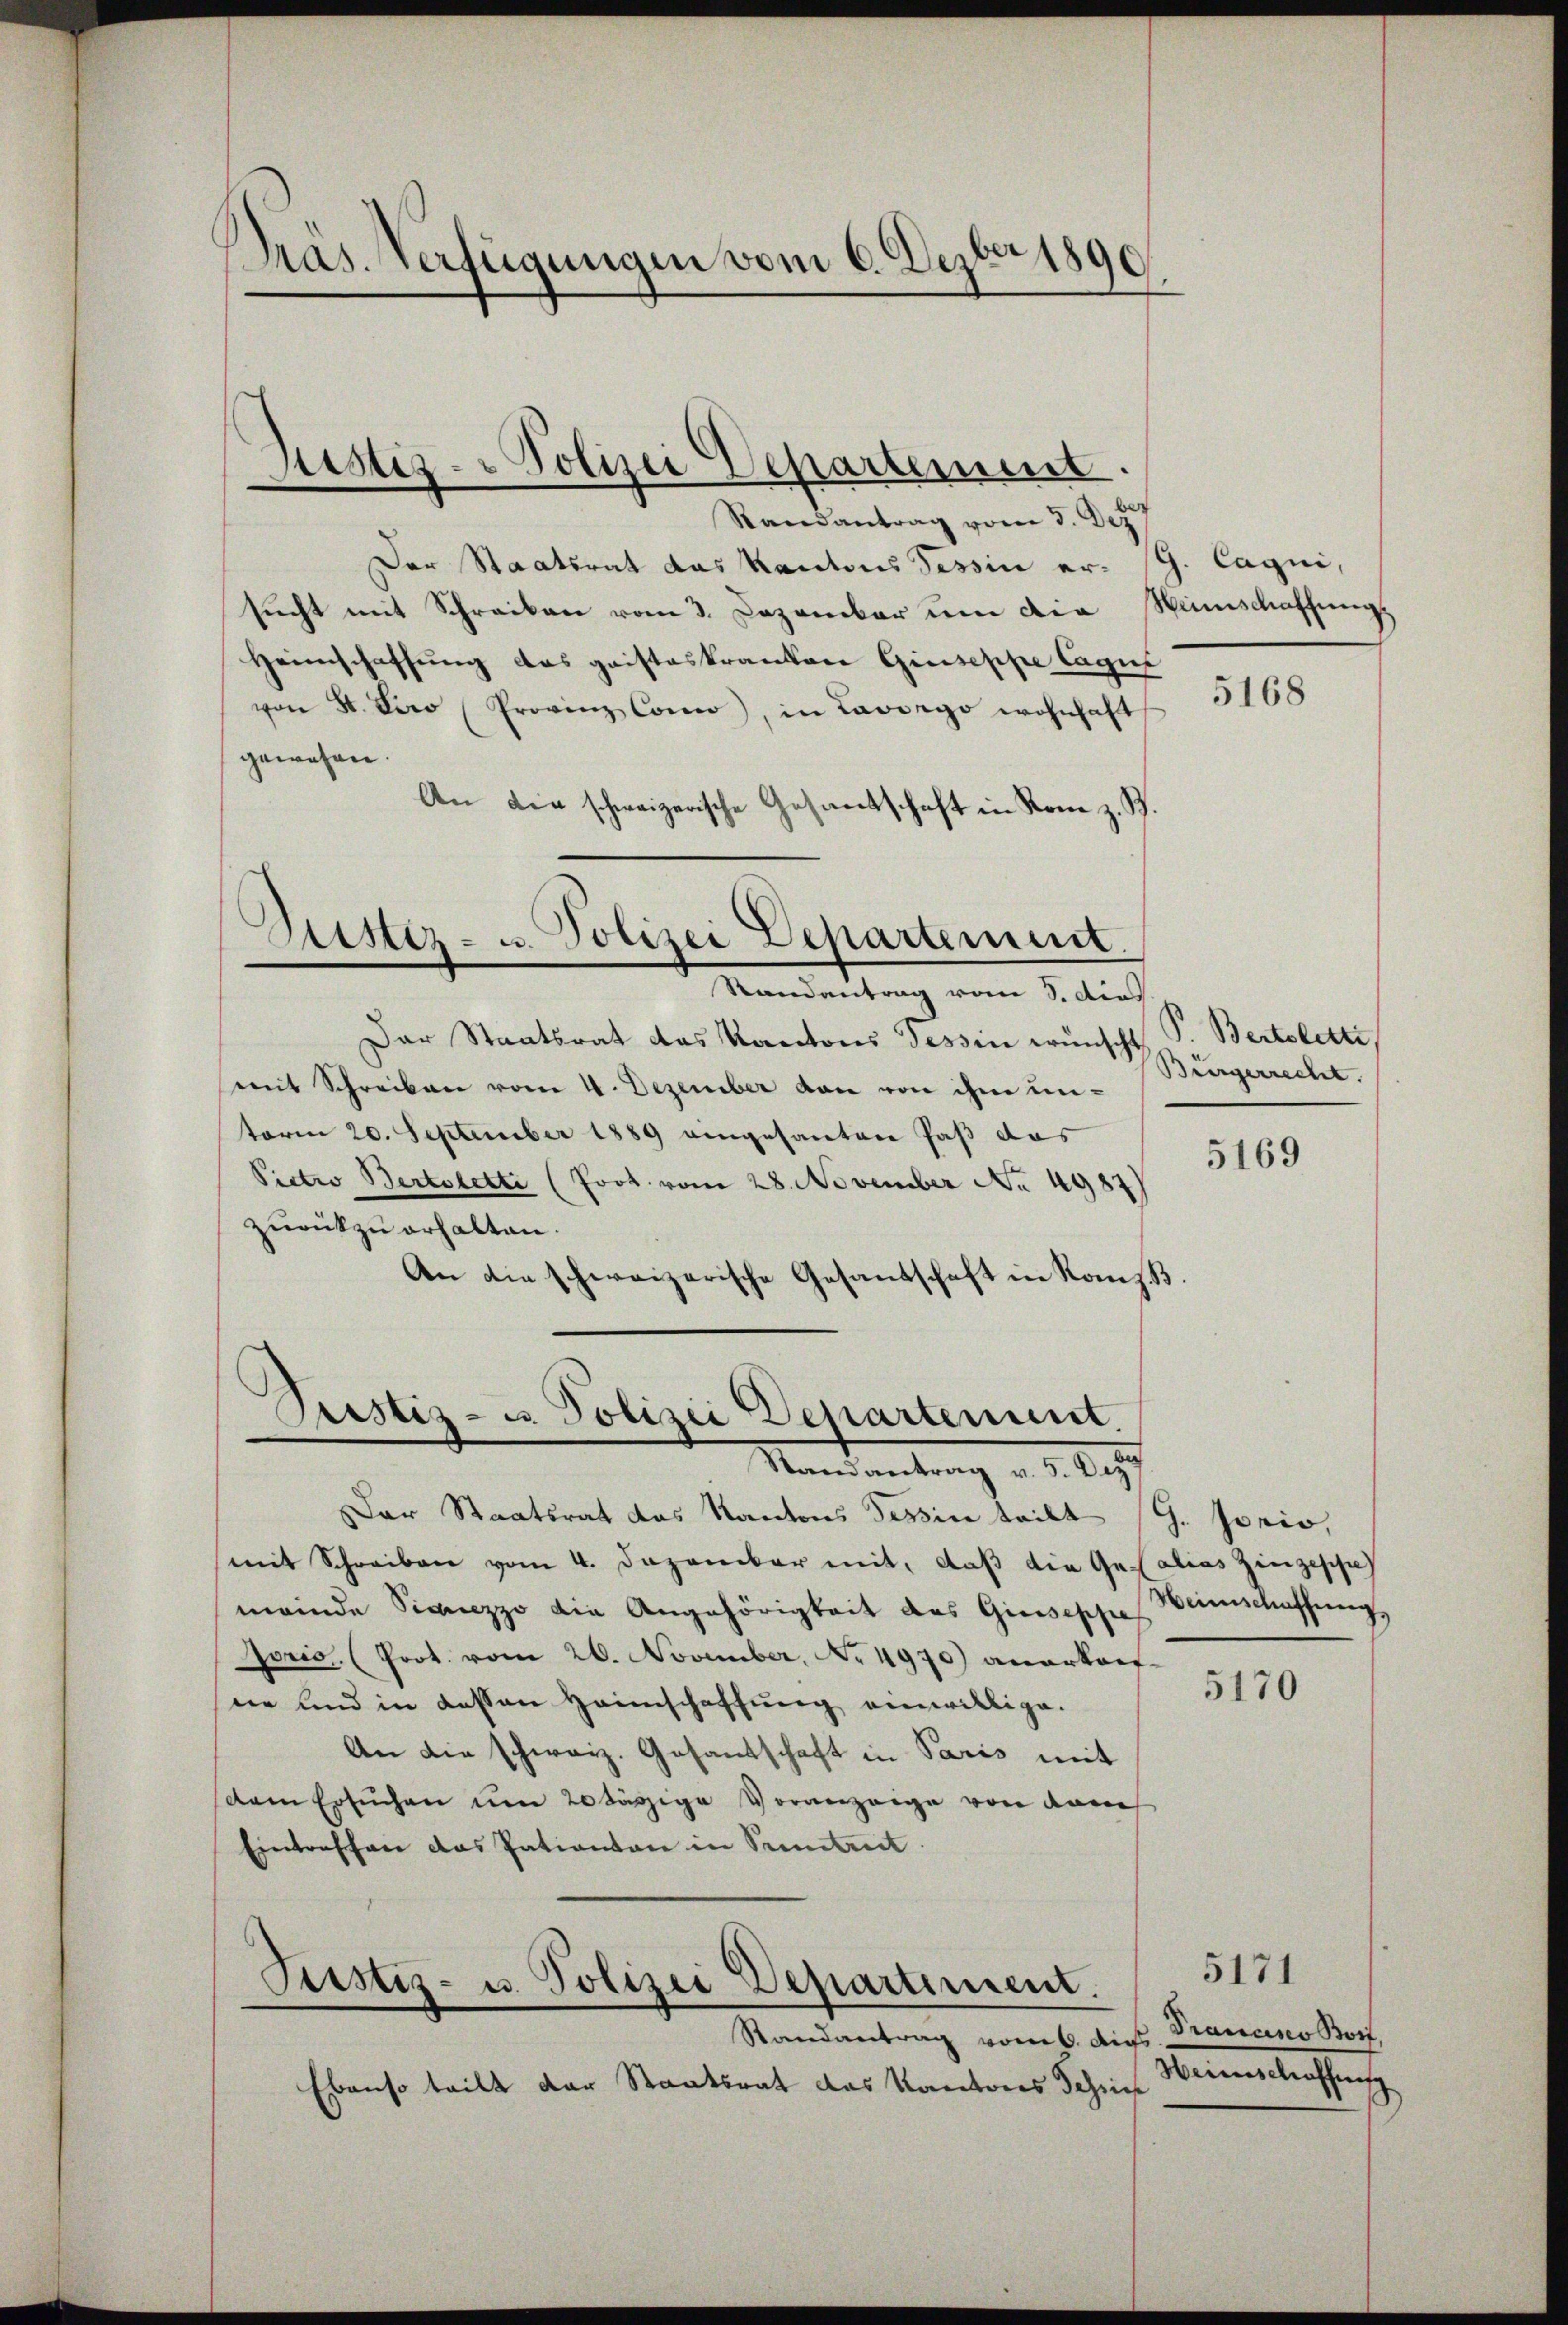
Präs. Verfügungen vom 6. Dezbr 1890

Justiz- & Polizei Departement.

Randantrag vom 3. Dez.
Der Staatsrat das Kantons Tessin er- G. Cagni,
sŭcht mit Schreiben vom 3. Dezember um die Menschaffŭng
Heimschaffung das gaisteskranken Giuseppe Cagus
von St. Pero (Provinz Como, in Lavoego wohnhaft
gewesen.
An die schweizerische Gesandschaft in Rom z. B.
Sistiz- u. Polizei Departement.
Randantrag vom 8. dies
Der Staatsrat das Kantons Tessin wünscht
mit Schreiben vom 4. Dezember von von ihm unterm 20. September 1889 eingesanten Paß das
Pictio Bertoletti (fort vom 28. November No 4987
zurückzuerhalten.
An die schweizerische Gesandschaft in Komp

Pristiz- u. Polizei Departement.
Randantrag v. 5. d. 27

Dar Staatsrat das Kantons Tessin teilt G. Jorio,
mit Schreiben vom 4. Dezember mit, daß die Gesalias Zingesch
meinde Simezzo die Angehörigkeit des Giuseppe
soris, (Prot. vom 26. November, No. 4970) anerkaufne und in dessen Heimschaffung einwillige.
An die schweiz. Gesandschaft in Paris mit
dem Ersuchen um 20 tägige Voranzeige von dem
Eintreffen das Patientan in Seitet.
Justiz- u. Polizei Departiment.
Randantrag vom 6. des Trancisco Boit,
Ebenso teilt der Staatsrat das Kantons Schrif

5168

P. Bertolette,
Bürgerrecht.

5169

Weinschaffung

5170

5171
Heierschaffens